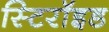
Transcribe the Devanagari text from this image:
स्टिरॉइड